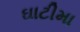
ઘાટીમા